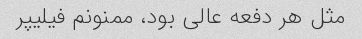
مثل هر دفعه عالی بود، ممنونم فیلیپر